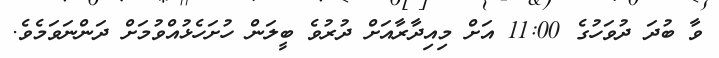
ވާ ބުދަ ދުވަހުގެ 11:00 އަށް މިއިދާރާއަށް ދުރުވެ ބީލަން ހުށަހެޅުއްވުމަށް ދަންނަވަމެވެ.